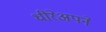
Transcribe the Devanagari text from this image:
धीरेअपने